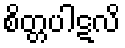
စိတ္တပါဋလိ